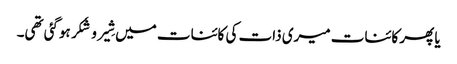
یا پھر کائنات میری ذات کی کائنات میں شِیر و شَکر ہوگئی تھی۔